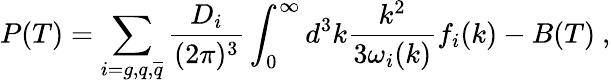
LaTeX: P(T)=\sum_{i=g,q,{\overline{{q}}}}\frac{D_{i}}{(2\pi)^{3}}\int_{0}^{\infty}d^{3}k\frac{k^{2}}{3\omega_{i}(k)}f_{i}(k)-B(T)\ ,